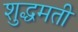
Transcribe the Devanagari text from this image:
शुद्धमती